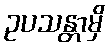
ဥပသန္တာမှိ